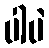
ပါပဲ